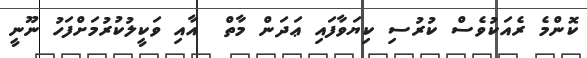
ކޮންމެ ރެއަކުވެސް ކުރުސި ކިޔަވާފައި ޢަދަން މާތް  އާއި ވަކީލުކުރުމަށްފަހު ނޫނީ